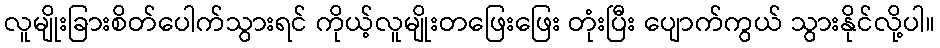
လူမျိုးခြားစိတ်ပေါက်သွားရင် ကိုယ့်လူမျိုးတဖြေးဖြေး တုံးပြီး ပျောက်ကွယ် သွားနိုင်လို့ပါ။